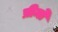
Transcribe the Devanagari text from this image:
प्रीमो